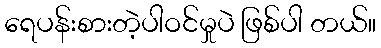
ရေပန်းစားတဲ့ပါဝင်မှုပဲ ဖြစ်ပါ တယ်။